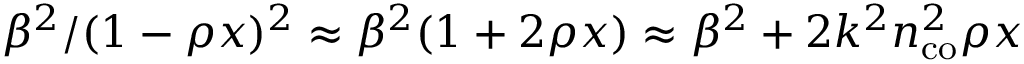
\beta ^ { 2 } / ( 1 - \rho x ) ^ { 2 } \approx \beta ^ { 2 } ( 1 + 2 \rho x ) \approx \beta ^ { 2 } + 2 k ^ { 2 } n _ { \mathrm { c o } } ^ { 2 } \rho x